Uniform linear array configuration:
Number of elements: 64
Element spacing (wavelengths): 0.5
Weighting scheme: hamming
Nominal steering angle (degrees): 0
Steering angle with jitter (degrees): -0.01106
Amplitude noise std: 0.05
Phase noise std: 0.05

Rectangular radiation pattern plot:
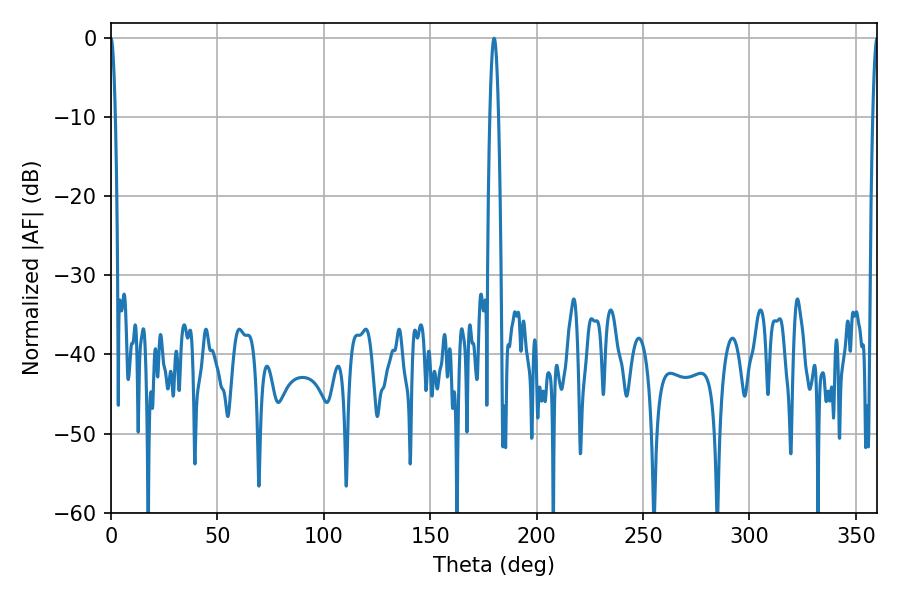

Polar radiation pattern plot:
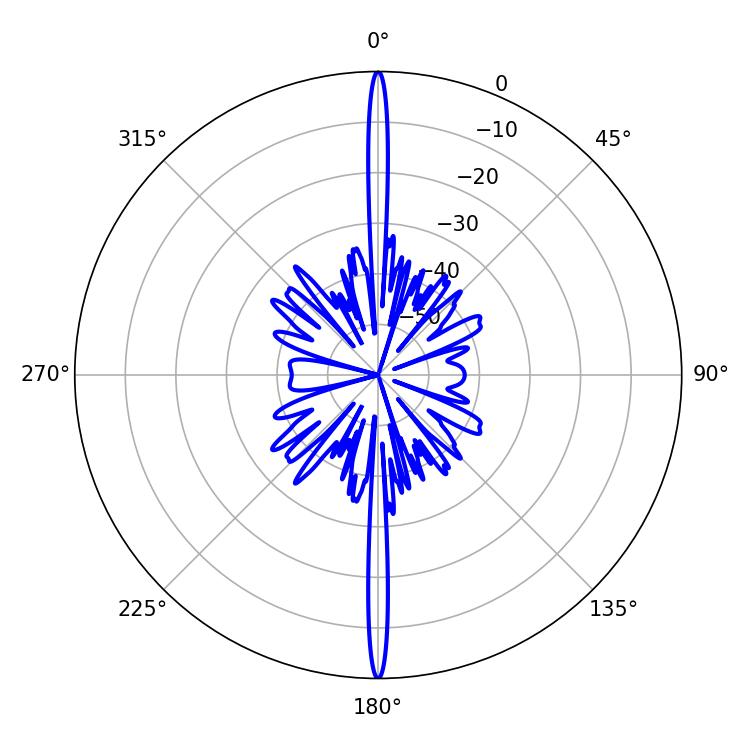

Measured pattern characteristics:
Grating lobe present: FALSE
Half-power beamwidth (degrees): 1.08
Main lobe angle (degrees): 0